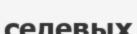
селевых